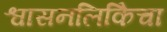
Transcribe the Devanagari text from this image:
श्वासनलिकिेचा